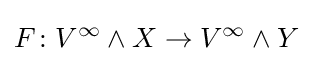
F\colon V^{\infty }\wedge X\to V^{\infty }\wedge Y